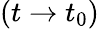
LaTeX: (t\rightarrow t_{0})